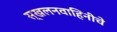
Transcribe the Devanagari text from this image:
स्खलनवाहिनीचे